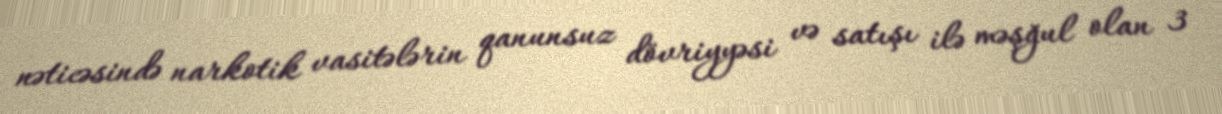
nəticəsində narkotik vasitələrin qanunsuz dövriyyəsi və satışı ilə məşğul olan 3